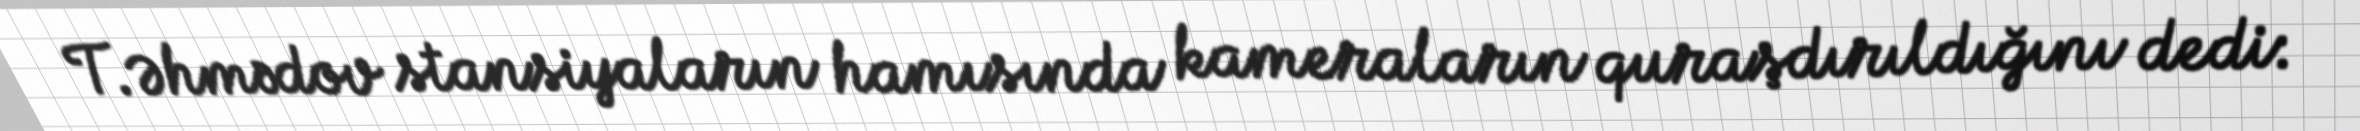
T.Əhmədov stansiyaların hamısında kameraların quraşdırıldığını dedi: